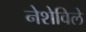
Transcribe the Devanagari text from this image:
नेशेविले